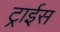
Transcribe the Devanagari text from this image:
ट्राईस